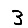
Digit: 3